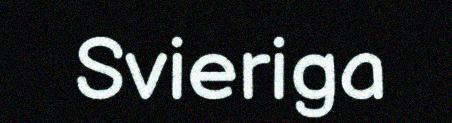
Svieriga